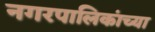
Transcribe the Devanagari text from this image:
नगरपालिकांच्या